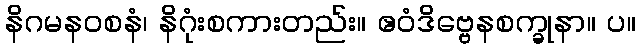
နိဂမနဝစနံ၊ နိဂုံးစကားတည်း။ ဧဝံဒိဗ္ဗေနစက္ခုနာ။ ပ။